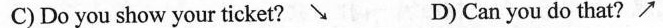
C)Do you show your ticket? \searrow D) Can you do that? \nearrow